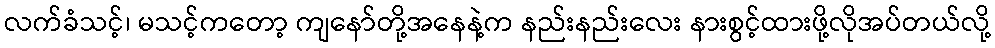
လက်ခံသင့်၊ မသင့်ကတော့ ကျနော်တို့အနေနဲ့က နည်းနည်းလေး နားစွင့်ထားဖို့လိုအပ်တယ်လို့